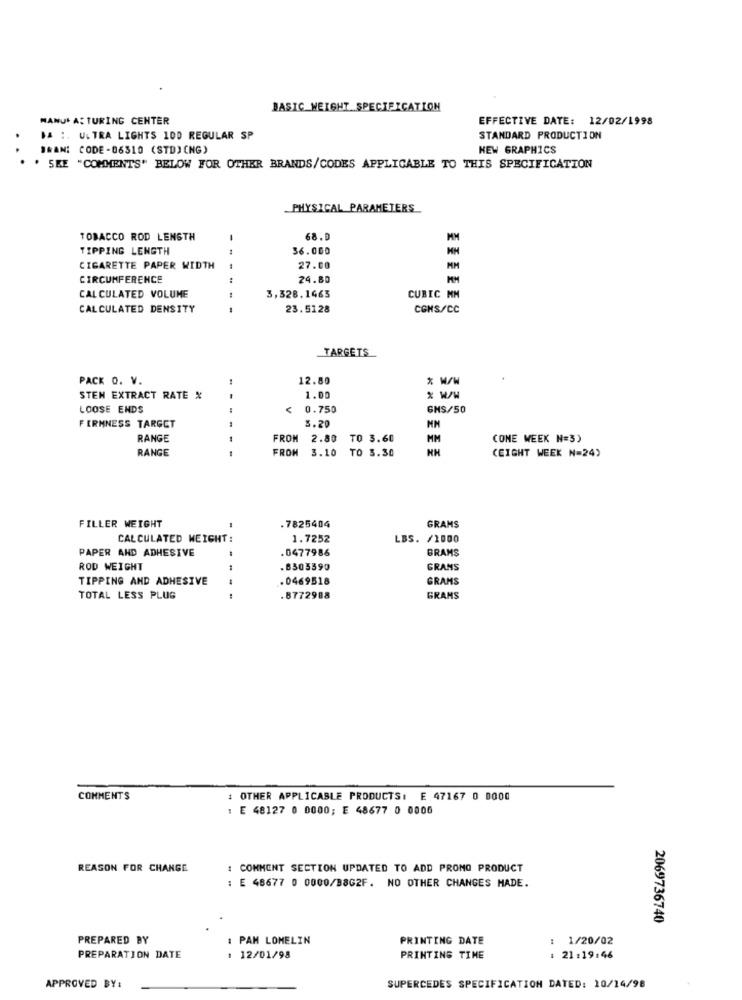
BASIC WEIGHT SPECIFICATION
MANU* A: TURING CENTER
EFFECTIVE DATE: 12/02/1998
DA :. U.TRA LIGHTS 100 REGULAR SP
STANDARD PRODUCTION
BRAN: CODE -06310 (STD) (NG)
NEW GRAPHICS
. SEE "COMMENTS" BELOW FOR OTHER BRANDS/CODES APPLICABLE TO THIS SPECIFICATION
PHYSICAL PARAMETERS
TOBACCO ROD LENGTH
68.0
MM
TIPPING LENGTH
36.000
CIGARETTE PAPER WIDTH
27.00
MM
CIRCUMFERENCE
24.80
CALCULATED VOLUME
3,328.1463
CUBIC MM
CALCULATED DENSITY
23.5128
CGHS/CC
TARGETS
PACK O. V.
12.80
* W/W
STEN EXTRACT RATE %
1.00
* WW
LOOSE ENDS
0.750
GHS/50
3.20
FIRMNESS TARGET
RANGE
--
FROM
2.80
TO 3.60
MM
(ONE WEEK N=3)
RANGE
FROM
3.10 TO 3.30
HH
(EIGHT WEEK N=24)
FILLER WEIGHT
.7825404
GRAMS
CALCULATED WEIGHT:
1.7252
LBS. /1000
PAPER AND ADHESIVE
.0477986
BRAMS
ROD WEIGHT
6505390
GRANS
TIPPING AND ADHESIVE
.0469518
GRAMS
TOTAL LESS PLUG
---
.8772988
GRAMS
COMMENTS
: OTHER APPLICABLE PRODUCTS: E 47167 0 0000
: E 48127 0 0000; E 48677 0 0000
REASON FOR CHANGE
: COMMENT SECTION UPDATED TO ADD PRONO PRODUCT
: E 48677 0 0000/B8G2F. NO OTHER CHANGES MADE.
2069736740
PREPARED BY
: PAM LOMELIN
PRINTING DATE
: 1/20/02
PREPARATION DATE
: 12/01/98
PRINTING TIME
: 21:19:46
APPROVED BY:
SUPERCEDES SPECIFICATION DATED: 10/14/98